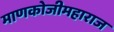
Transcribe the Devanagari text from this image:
माणकोजीमहाराज